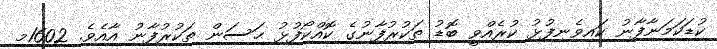
ކުޑަކަމަނާފާނު ކައިވެނިފުޅު ކުރެއްވީ ބޮޑު ތަކުރުފާނުގެ ކޮއްކޯފުޅު ޙަސަން ތަކުރުފާނު އާއެވެ. 1602މ